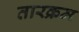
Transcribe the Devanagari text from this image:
तारक्रम